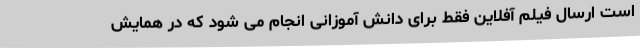
است ارسال فیلم آفلاین فقط برای دانش آموزانی انجام می شود که در همایش